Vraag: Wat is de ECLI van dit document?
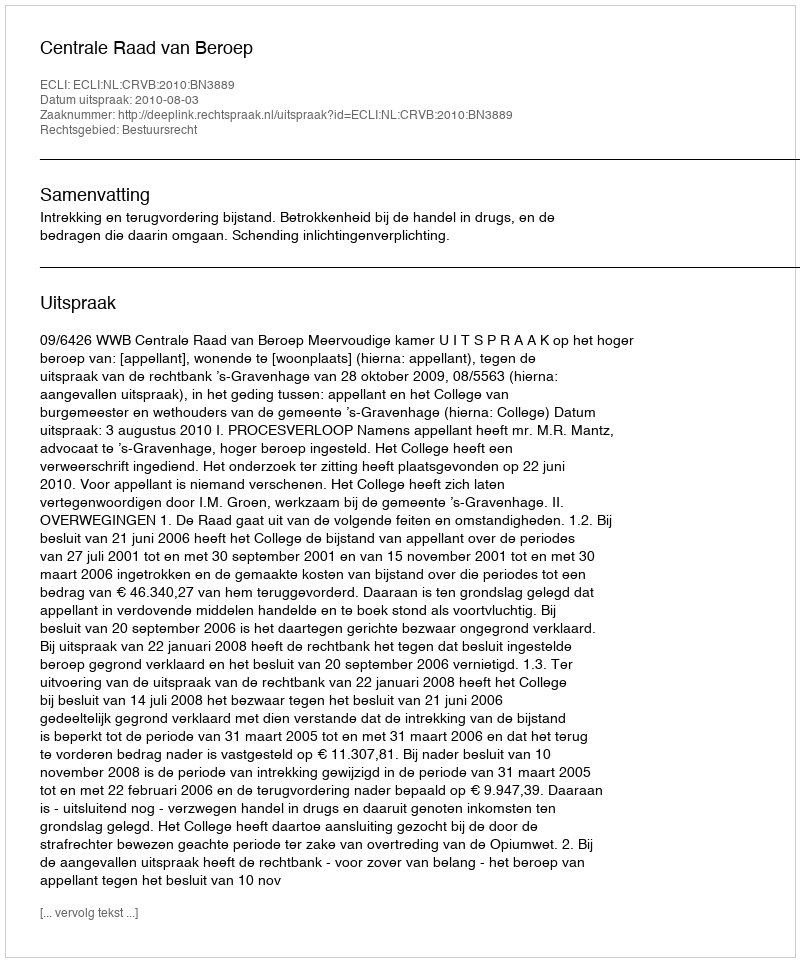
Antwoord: ECLI:NL:CRVB:2010:BN3889